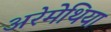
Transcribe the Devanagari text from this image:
अरेमेथिया